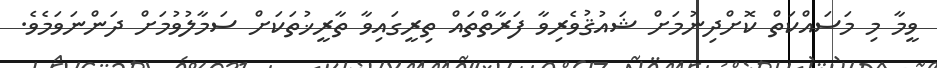
ވީމާ މި މަސައްކަތް ކޮށްދިނުމަށް ޝައުޤުވެރިވާ ފަރާތްތައް ތިރީގައިވާ ތާރީޚުތަކަށް ސަމާލުވުމަށް ދަންނަވަމެވެ.